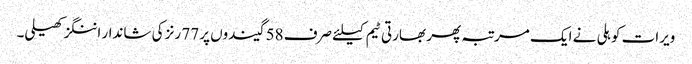
ویرات کوہلی نے ایک مرتبہ پھر بھارتی ٹیم کیلئے صرف 58 گیندوں پر 77 رنز کی شاندار اننگز کھیلی۔